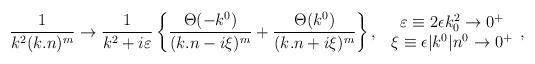
LaTeX: \begin{align*}\frac{1}{k^2(k.n)^m} \rightarrow \frac{1}{k^2+i\varepsilon}\left\{\frac {\Theta(-k^0)}{(k.n-i\xi)^m}+\frac{\Theta(k^0)}{(k.n+i\xi)^m}\right\},\,\,\begin{array}{c}\varepsilon \equiv2\epsilon k_0^2 \rightarrow 0^{+} \\\xi \equiv \epsilon|k^0|n^0 \rightarrow 0^{+} \end{array},\end{align*}